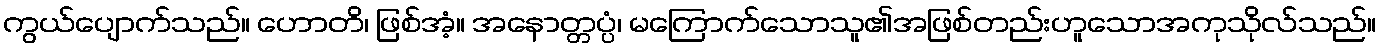
ကွယ်ပျောက်သည်။ ဟောတိ၊ ဖြစ်အံ့။ အနောတ္တပ္ပံ၊ မကြောက်သောသူ၏အဖြစ်တည်းဟူသောအကုသိုလ်သည်။